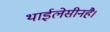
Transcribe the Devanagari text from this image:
थाईलेसीनहै।